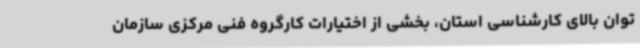
توان بالای کارشناسی استان، بخشی از اختیارات کارگروه فنی مرکزی سازمان